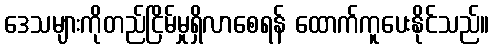
ဒေသများကိုတည်ငြိမ်မှုရှိလာစေရန် ထောက်ကူပေးနိုင်သည်။